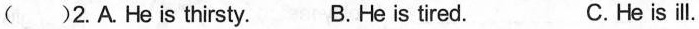
( )2.A.He is thirsty. B.He is tired. C.He is ill.